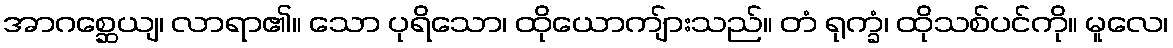
အာဂစ္ဆေယျ၊ လာရာ၏။ သော ပုရိသော၊ ထိုယောကျ်ားသည်။ တံ ရုက္ခံ၊ ထိုသစ်ပင်ကို။ မူလေ၊